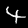
Digit: 4